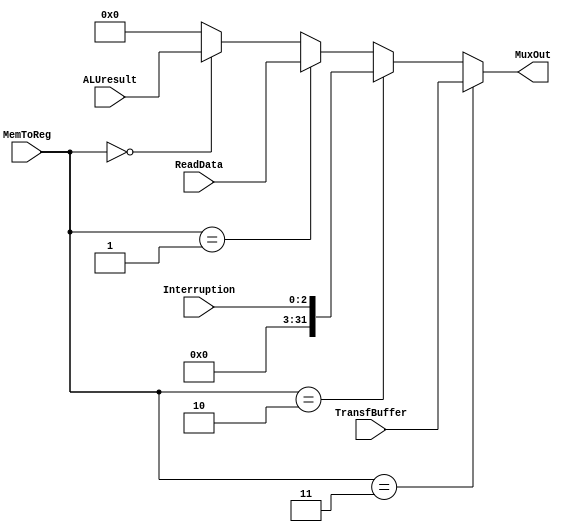
module MuxMem (ReadData, ALUresult, MemToReg, MuxOut, Interruption, TransfBuffer);

	input [31:0] ReadData, ALUresult, TransfBuffer;
	input [2:0] MemToReg, Interruption;
	output reg [31:0] MuxOut;
	
	always @ (*)
		begin
			if( MemToReg == 2'b11 )
				MuxOut <= TransfBuffer;
			else if( MemToReg == 2'b10 )
				MuxOut <= Interruption;
			else if ( MemToReg == 2'b01 )
				MuxOut <= ReadData;
			else if( MemToReg == 2'b00 )
				MuxOut <= ALUresult;
			else
				MuxOut <= 0;
		end
		
endmodule